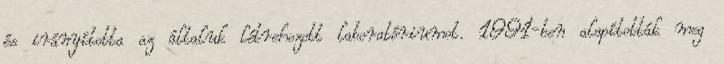
és irányította az általuk létrehozott laboratóriumot. 1991-ben alapították meg